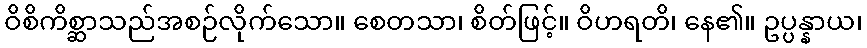
ဝိစိကိစ္ဆာသည်အစဉ်လိုက်သော။ စေတသာ၊ စိတ်ဖြင့်။ ဝိဟရတိ၊ နေ၏။ ဥပ္ပန္နာယ၊